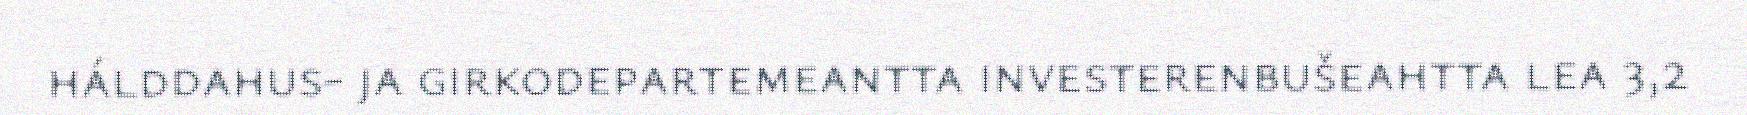
hálddahus- ja girkodepartemeantta investerenbušeahtta lea 3,2